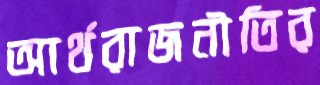
আর্থরাজনীতির